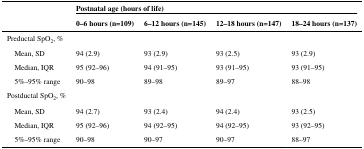
|  | <COLSPAN=4> Postnatal age (hours of life) |
 |  | 0–6 hours (n=109) | 6–12 hours (n=145) | 12–18 hours (n=147) | 18–24 hours (n=137) |
 | --- | --- | --- | --- | --- |
 | Preductal SpO2, % |  |  |  |  |
 | Mean, SD | 94 (2.9) | 93 (2.9) | 93 (2.5) | 93 (2.9) |
 | Median, IQR | 95 (92–96) | 94 (91–95) | 93 (91–95) | 93 (91–95) |
 | 5%–95% range | 90–98 | 89–98 | 89–97 | 88–98 |
 | Postductal SpO2, % |  |  |  |  |
 | Mean, SD | 94 (2.7) | 93 (2.4) | 94 (2.4) | 93 (2.5) |
 | Median, IQR | 95 (92–96) | 94 (92–95) | 94 (92–95) | 93 (92–95) |
 | 5%–95% range | 90–98 | 90–97 | 90–97 | 88–97 |